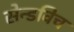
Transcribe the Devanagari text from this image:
सेन्डविच